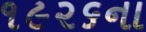
૧૯૨૬ના